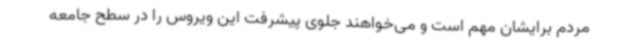
مردم برایشان مهم است و می‌خواهند جلوی پیشرفت این ویروس را در سطح جامعه